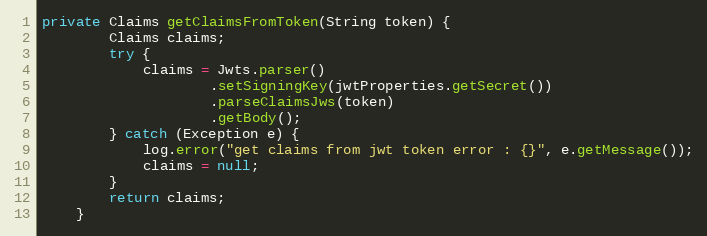
Language: Java
private Claims getClaimsFromToken(String token) {
        Claims claims;
        try {
            claims = Jwts.parser()
                    .setSigningKey(jwtProperties.getSecret())
                    .parseClaimsJws(token)
                    .getBody();
        } catch (Exception e) {
            log.error("get claims from jwt token error : {}", e.getMessage());
            claims = null;
        }
        return claims;
    }